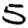
Digit: 5